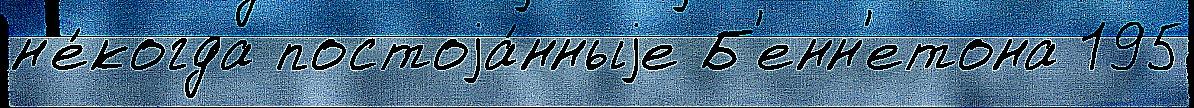
н'е́когда постоjа́нныjе Б'енн'етона 195